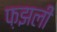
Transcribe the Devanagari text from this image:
फ़झली